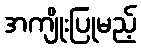
အကျိုးပြုမည့်